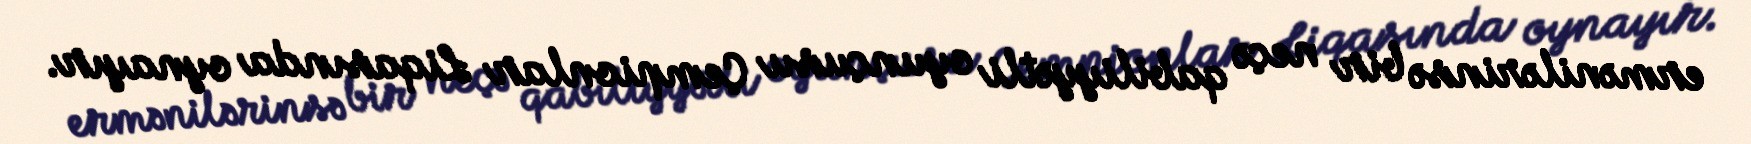
ermənilərinsə bir neçə qabiliyyətli oyunçusu Çempionlar Liqasında oynayır.